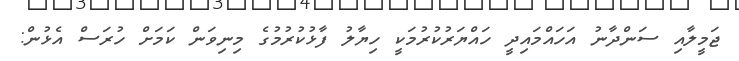
ޖަމީލާއި ސަންދާނު އަހައްމައިދީ ހައްޔަރުކުރުމަކީ ހިޔާލު ފާޅުކުރުމުގެ މިނިވަން ކަމަށް ހުރަސް އެޅުން: